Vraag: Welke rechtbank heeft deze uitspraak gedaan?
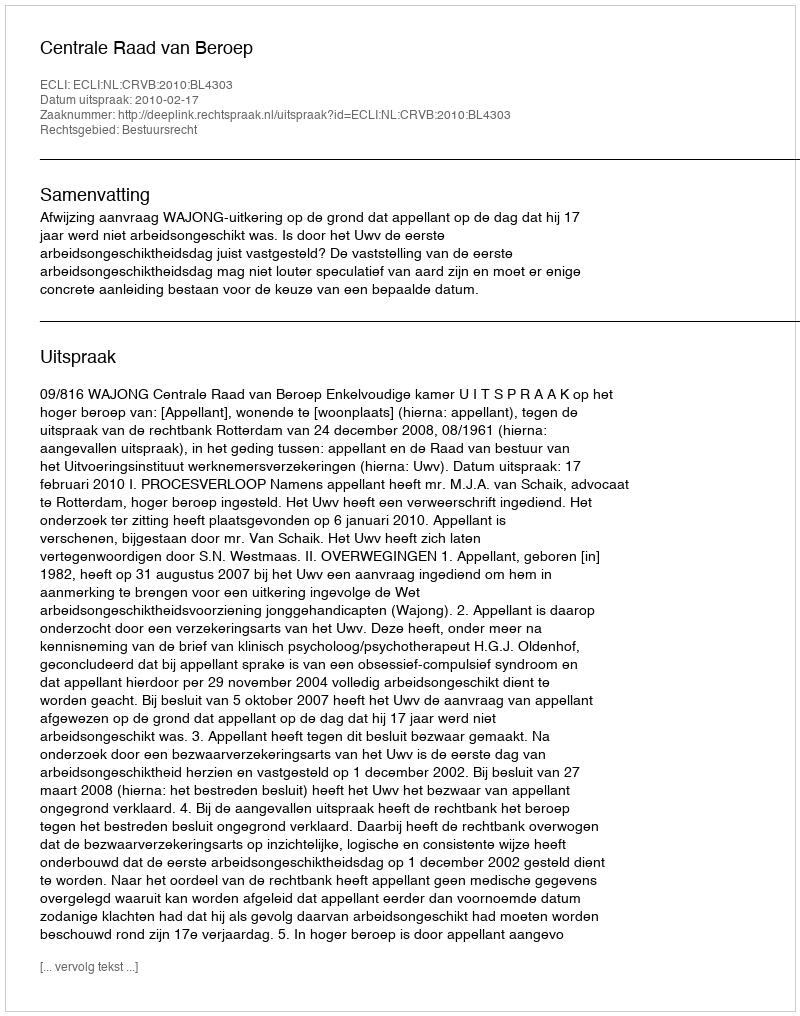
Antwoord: Centrale Raad van Beroep